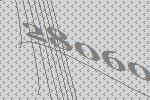
28060